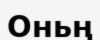
Оньң